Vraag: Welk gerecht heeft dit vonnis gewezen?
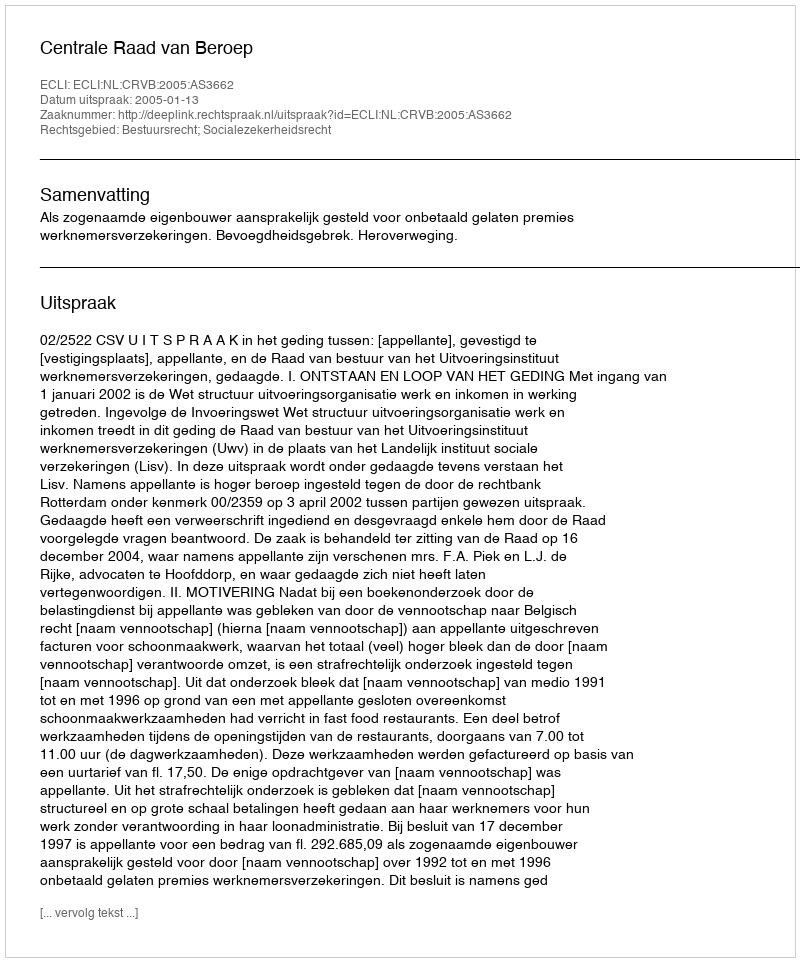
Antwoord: Centrale Raad van Beroep